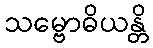
သမ္ဗောဓိယန္တိ